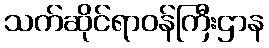
သက်ဆိုင်ရာဝန်ကြီးဌာန